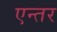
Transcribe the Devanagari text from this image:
एन्तर